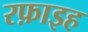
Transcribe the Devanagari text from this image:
रफ़ाइह